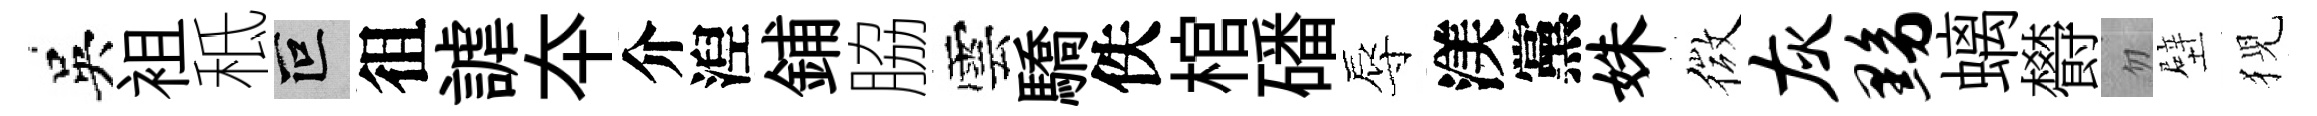
吳袓秪叵徂謔夲介湼鋪脇雲驕佚棺磻辱渼黨姝微灰黝螭欎忽壁猊